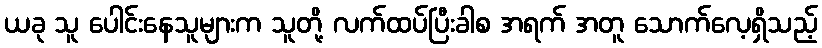
ယခု သူ ပေါင်းနေသူများက သူတို့ လက်ထပ်ပြီးခါစ အရက် အတူ သောက်လေ့ရှိသည့်